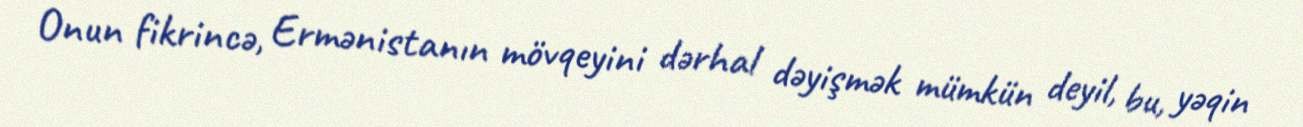
Onun fikrincə, Ermənistanın mövqeyini dərhal dəyişmək mümkün deyil, bu, yəqin